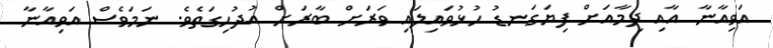
އަވިއާނާ އާއި ދިމާއަށް ފިޔަގަނޑު ހުޅުވައިލައި ވަރަށް ބާރަށް އުދުހިގަތެވެ. ނަމަވެސް އަވިއާނާ